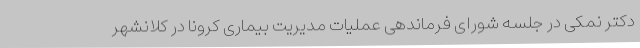
دکتر نمکی در جلسه شورای فرماندهی عملیات مدیریت بیماری کرونا در کلانشهر